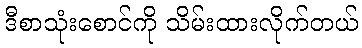
ဒီစာသုံးစောင်ကို သိမ်းထားလိုက်တယ်